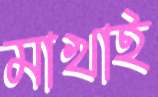
মাখাই